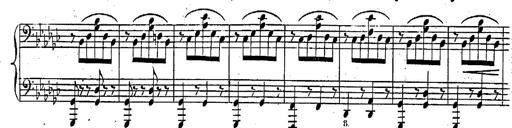
Title: Marche et Cavatine de Lucie de Lammermoor, S.398
Composer: Franz Liszt